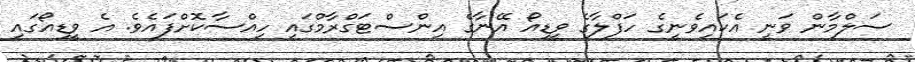
ސަލްމާން ވަނީ އެކައިވެނީގެ ހަފްލާގެ ވީޑިއޯ އޭނާގެ އިންސްޓަގްރާމްގައި ހިއްސާކޮށްފައެވެ. އެ ވީޑިއޯގައި